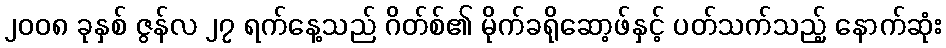
၂၀၀၈ ခုနှစ် ဇွန်လ ၂၇ ရက်နေ့သည် ဂိတ်စ်၏ မိုက်ခရိုဆော့ဖ်နှင့် ပတ်သက်သည့် နောက်ဆုံး